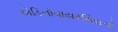
એડિનોવાયરસિસનો